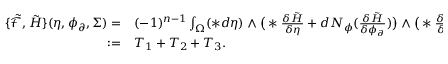
\begin{array} { r l } { \{ \tilde { \mathcal { F } } , \tilde { H } \} ( \eta , \phi _ { \partial } , \Sigma ) = } & { { } ( - 1 ) ^ { n - 1 } \int _ { \Omega } ( \ast d \eta ) \wedge \big ( \ast \frac { \delta \tilde { H } } { \delta \eta } + d N _ { \phi } ( \frac { \delta \tilde { H } } { \delta \phi _ { \partial } } ) \big ) \wedge \big ( \ast \frac { \delta \tilde { \mathcal { F } } } { \delta \eta } + d N _ { \phi } ( \frac { \delta \tilde { \mathcal { F } } } { \delta \phi _ { \partial } } ) \big ) } \\ { : = } & { { } T _ { 1 } + T _ { 2 } + T _ { 3 } . } \end{array}